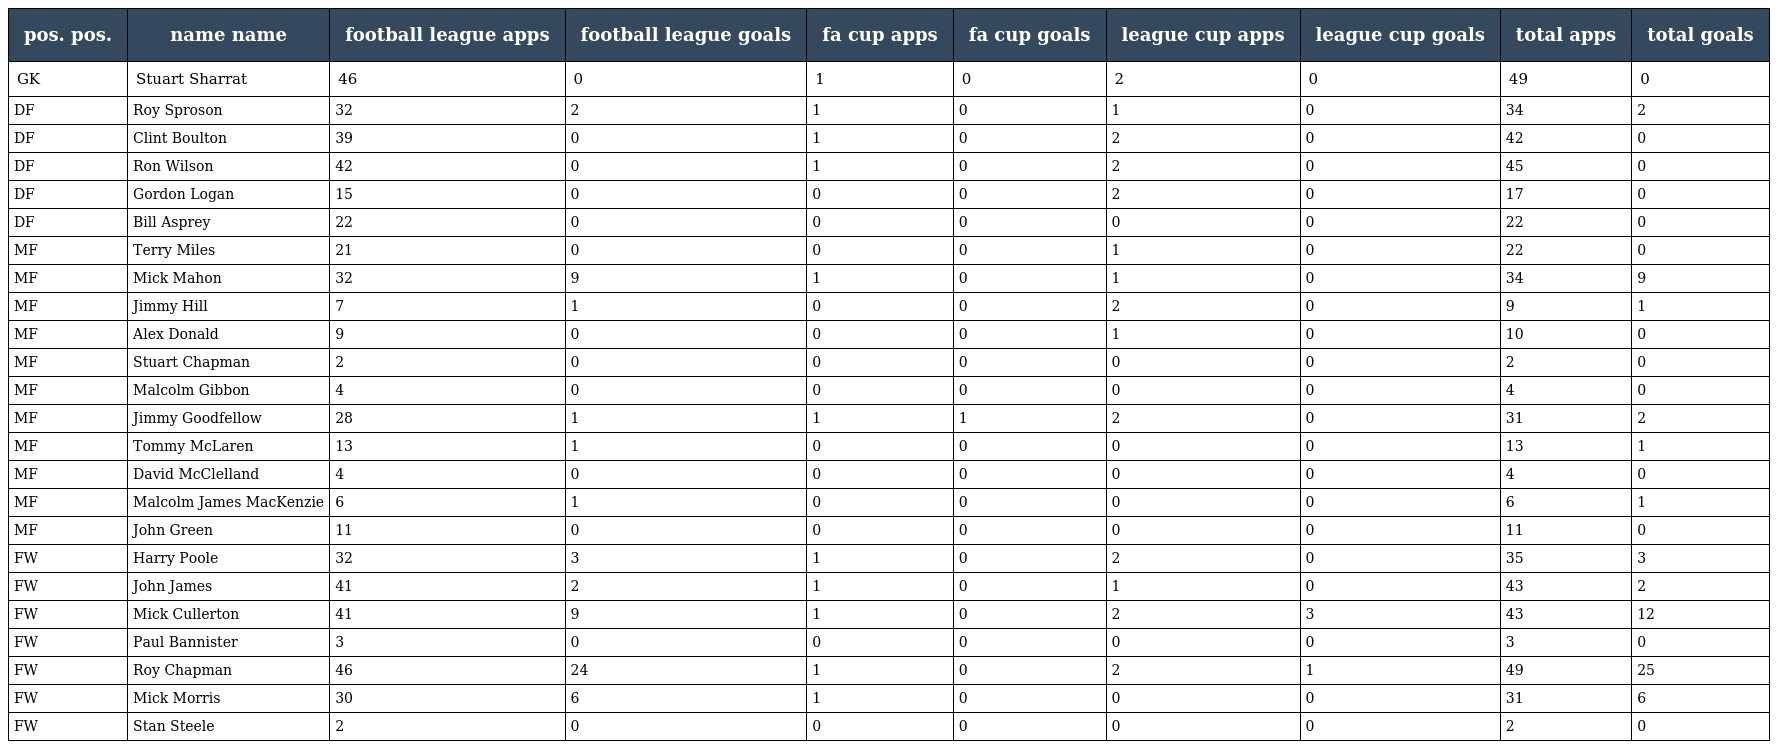
| pos. pos. | name name | football league apps | football league goals | fa cup apps | fa cup goals | league cup apps | league cup goals | total apps | total goals |
 | --- | --- | --- | --- | --- | --- | --- | --- | --- | --- |
 | GK | Stuart Sharrat | 46 | 0 | 1 | 0 | 2 | 0 | 49 | 0 |
 | DF | Roy Sproson | 32 | 2 | 1 | 0 | 1 | 0 | 34 | 2 |
 | DF | Clint Boulton | 39 | 0 | 1 | 0 | 2 | 0 | 42 | 0 |
 | DF | Ron Wilson | 42 | 0 | 1 | 0 | 2 | 0 | 45 | 0 |
 | DF | Gordon Logan | 15 | 0 | 0 | 0 | 2 | 0 | 17 | 0 |
 | DF | Bill Asprey | 22 | 0 | 0 | 0 | 0 | 0 | 22 | 0 |
 | MF | Terry Miles | 21 | 0 | 0 | 0 | 1 | 0 | 22 | 0 |
 | MF | Mick Mahon | 32 | 9 | 1 | 0 | 1 | 0 | 34 | 9 |
 | MF | Jimmy Hill | 7 | 1 | 0 | 0 | 2 | 0 | 9 | 1 |
 | MF | Alex Donald | 9 | 0 | 0 | 0 | 1 | 0 | 10 | 0 |
 | MF | Stuart Chapman | 2 | 0 | 0 | 0 | 0 | 0 | 2 | 0 |
 | MF | Malcolm Gibbon | 4 | 0 | 0 | 0 | 0 | 0 | 4 | 0 |
 | MF | Jimmy Goodfellow | 28 | 1 | 1 | 1 | 2 | 0 | 31 | 2 |
 | MF | Tommy McLaren | 13 | 1 | 0 | 0 | 0 | 0 | 13 | 1 |
 | MF | David McClelland | 4 | 0 | 0 | 0 | 0 | 0 | 4 | 0 |
 | MF | Malcolm James MacKenzie | 6 | 1 | 0 | 0 | 0 | 0 | 6 | 1 |
 | MF | John Green | 11 | 0 | 0 | 0 | 0 | 0 | 11 | 0 |
 | FW | Harry Poole | 32 | 3 | 1 | 0 | 2 | 0 | 35 | 3 |
 | FW | John James | 41 | 2 | 1 | 0 | 1 | 0 | 43 | 2 |
 | FW | Mick Cullerton | 41 | 9 | 1 | 0 | 2 | 3 | 43 | 12 |
 | FW | Paul Bannister | 3 | 0 | 0 | 0 | 0 | 0 | 3 | 0 |
 | FW | Roy Chapman | 46 | 24 | 1 | 0 | 2 | 1 | 49 | 25 |
 | FW | Mick Morris | 30 | 6 | 1 | 0 | 0 | 0 | 31 | 6 |
 | FW | Stan Steele | 2 | 0 | 0 | 0 | 0 | 0 | 2 | 0 |